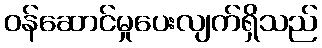
ဝန်ဆောင်မှုပေးလျက်ရှိသည်